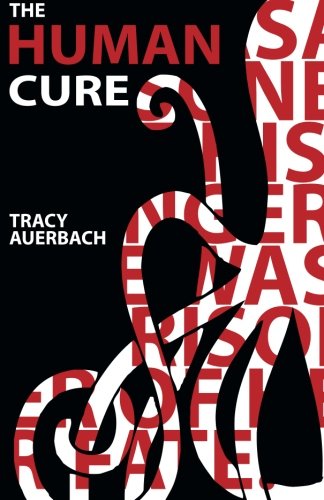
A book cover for The Human Cure; Tracy Auerbach; Science Fiction & Fantasy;